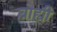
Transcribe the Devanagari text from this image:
ब्राह्यी